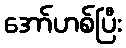
အော်ဟစ်ပြီး